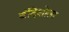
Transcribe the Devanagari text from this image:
बंदिशोला